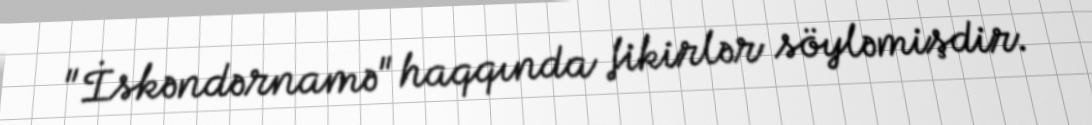
"İskəndərnamə" haqqında fikirlər söyləmişdir.